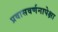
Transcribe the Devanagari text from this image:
प्रवासवर्णनापेक्षा